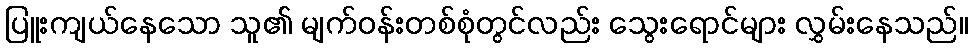
ပြူးကျယ်နေသော သူ၏ မျက်ဝန်းတစ်စုံတွင်လည်း သွေးရောင်များ လွှမ်းနေသည်။